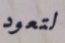
لتعود